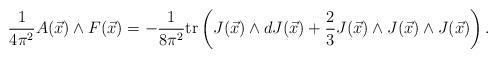
LaTeX: \begin{align*}\frac{1}{4\pi^2}A(\vec x)\wedge F(\vec x)=-\frac{1}{8\pi^2}{\rm tr}\left(J(\vec x)\wedge dJ(\vec x)+\frac{2}{3}J(\vec x)\wedge J(\vec x)\wedge J(\vec x)\right).\end{align*}